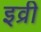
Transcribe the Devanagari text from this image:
इव्री